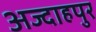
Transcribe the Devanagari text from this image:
अज्दाहपुर